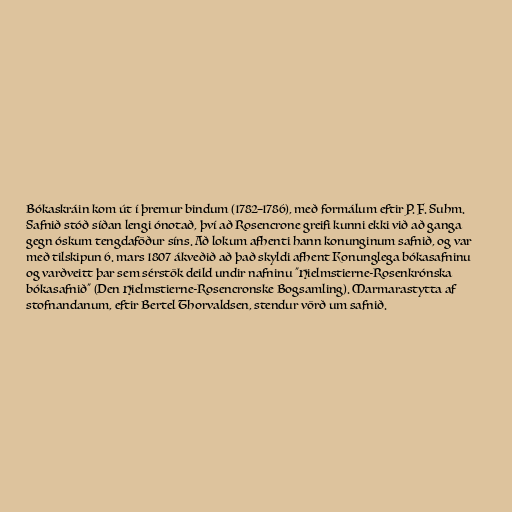
Bókaskráin kom út í þremur bindum (1782–1786), með formálum eftir P. F. Suhm.
Safnið stóð síðan lengi ónotað, því að Rosencrone greifi kunni ekki við að ganga
gegn óskum tengdaföður síns. Að lokum afhenti hann konunginum safnið, og var
með tilskipun 6. mars 1807 ákveðið að það skyldi afhent Konunglega bókasafninu
og varðveitt þar sem sérstök deild undir nafninu "Hielmstierne-Rosenkrónska
bókasafnið" (Den Hielmstierne-Rosencronske Bogsamling). Marmarastytta af
stofnandanum, eftir Bertel Thorvaldsen, stendur vörð um safnið.